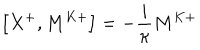
LaTeX: \left[ X ^ { + } , M ^ { K + } \right] = - \frac { i } { \kappa } M ^ { K + }